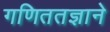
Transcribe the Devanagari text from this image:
गणिततज्ञाने